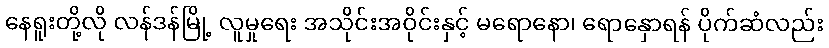
နေရူးတို့လို လန်ဒန်မြို့ လူမှုရေး အသိုင်းအဝိုင်းနှင့် မရောနော၊ ရောနှောရန် ပိုက်ဆံလည်း